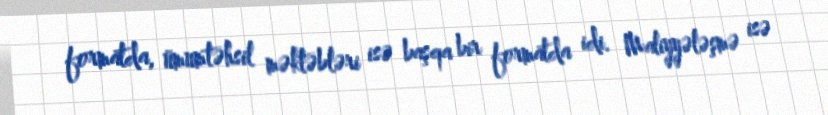
formatda, ümumtəhsil məktəbləri isə başqa bir formatda idi. Maliyyələşmə isə